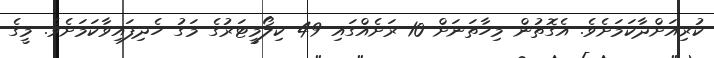
ކުރިއަށްދާކަމަށެވެ. އެގޮތުން މިހާތަނަށް 10 ރަށެއްގައި 49 ކިލޯމީޓަރުގެ މަގު ހެދިފައިވާކަމަށެވެ. މީގެ